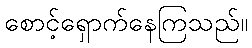
စောင့်ရှောက်နေကြသည်။